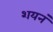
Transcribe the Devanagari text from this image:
शयनं